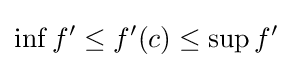
\inf f^{\prime }\leq f^{\prime }(c)\leq \sup f^{\prime }